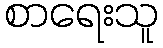
စာရေးသူ